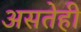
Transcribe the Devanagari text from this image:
असतेही